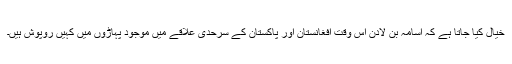
خیال کیا جاتا ہے کہ اسامہ بن لادن اس وقت افغانستان اور پاکستان کے سرحدی علاقے میں موجود پہاڑوں میں کہیں روپوش ہیں۔